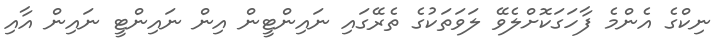
ނިކްގެ އެންމެ ފާހަގަކޮށްލެވޭ ލަވަތަކުގެ ތެރޭގައި ނައިންޓީން އިން ނައިންޓީ ނައިން އާއި